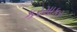
કરમાકર